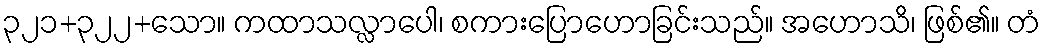
၃၂၁+၃၂၂+သော။ ကထာသလ္လာပေါ၊ စကားပြောဟောခြင်းသည်။ အဟောသိ၊ ဖြစ်၏။ တံ